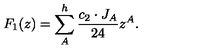
F _ { 1 } ( z ) = \sum _ { A } ^ { h } { \frac { c _ { 2 } \cdot J _ { A } } { 2 4 } } z ^ { A } .